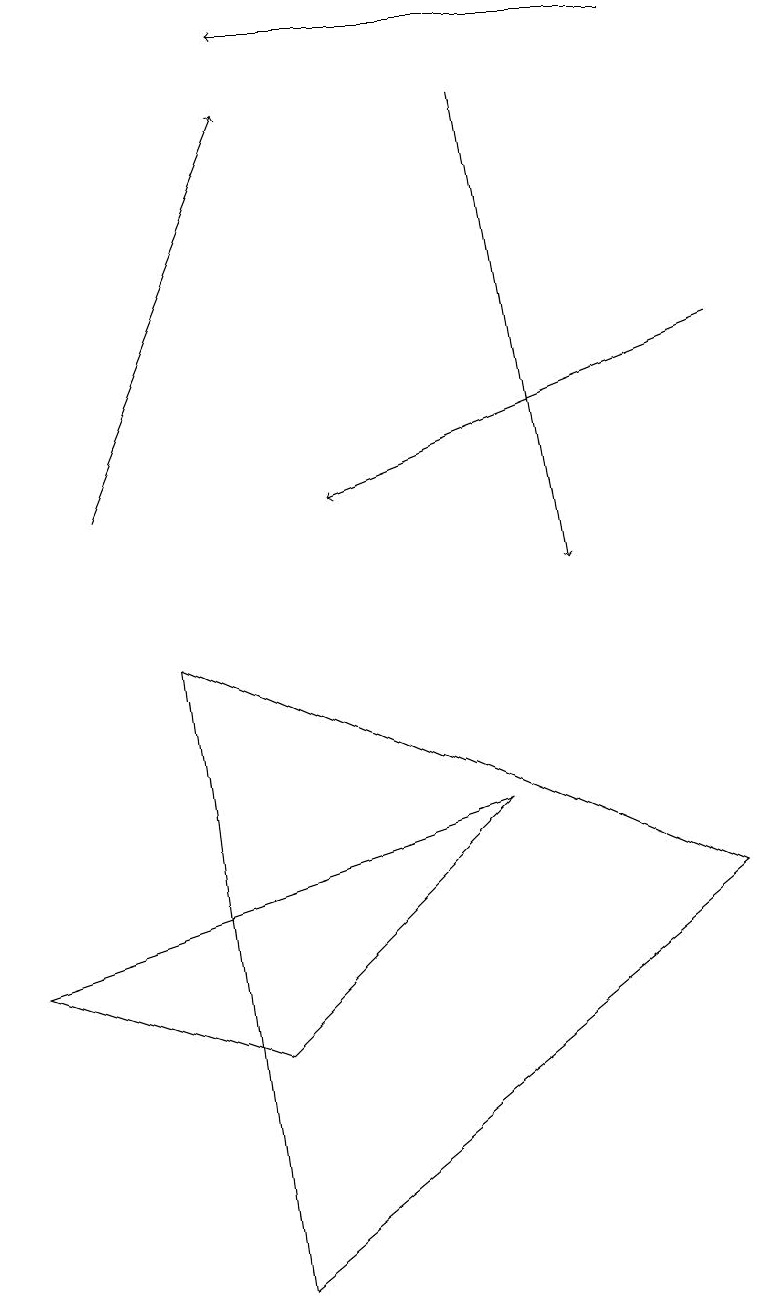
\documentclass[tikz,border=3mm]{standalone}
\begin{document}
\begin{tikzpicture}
\draw[->] (1,11) -- (3,16);
\draw (3,1) -- (9,6) -- (2,9) -- cycle;
\draw[->] (8,17) -- (3,17);
\draw (3,4) -- (0,5) -- (6,7) -- cycle;
\draw[->] (6,16) -- (7,10);
\draw[->] (9,13) -- (4,11);
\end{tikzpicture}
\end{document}